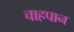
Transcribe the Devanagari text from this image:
चाहपान